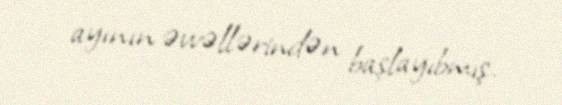
ayının əvvəllərindən başlayıbmış.